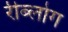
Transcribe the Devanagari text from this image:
रीब्लोग